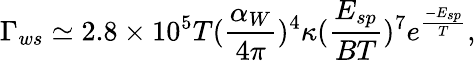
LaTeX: \Gamma_{ws}\simeq 2.8\times 10^{5}T({\frac{\alpha_{W}}{4\pi}})^{4}\kappa({\frac{E_{sp}}{BT}})^{7}e^{\frac{-E_{sp}}{T}},